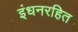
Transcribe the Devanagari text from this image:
इंधनरहित